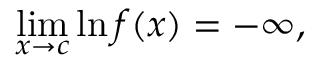
\operatorname* { l i m } _ { x \to c } \ln { f ( x ) } = - \infty ,